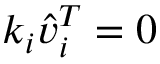
k _ { i } \Hat { v } _ { i } ^ { T } = 0